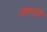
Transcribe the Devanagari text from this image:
शामानी